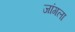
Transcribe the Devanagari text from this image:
जांगला